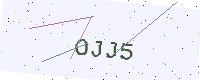
Text: OJJ5